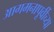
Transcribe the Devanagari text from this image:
आगमनापूर्वीच्या